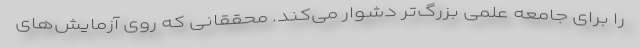
را برای جامعه علمی بزرگ‌تر دشوار می‌کند. محققانی که روی آزمایش‌های